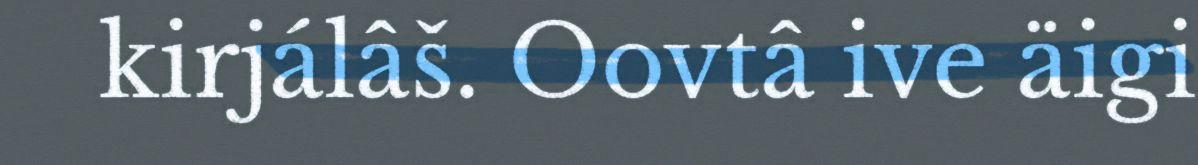
kirjálâš. Oovtâ ive äigi